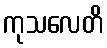
ကုသလေတိ